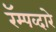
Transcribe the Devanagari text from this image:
रॅम्पव्दारे